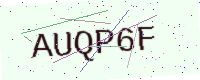
Text: AUQP6F